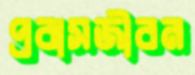
প্রবাসজীবন